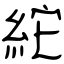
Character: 紽